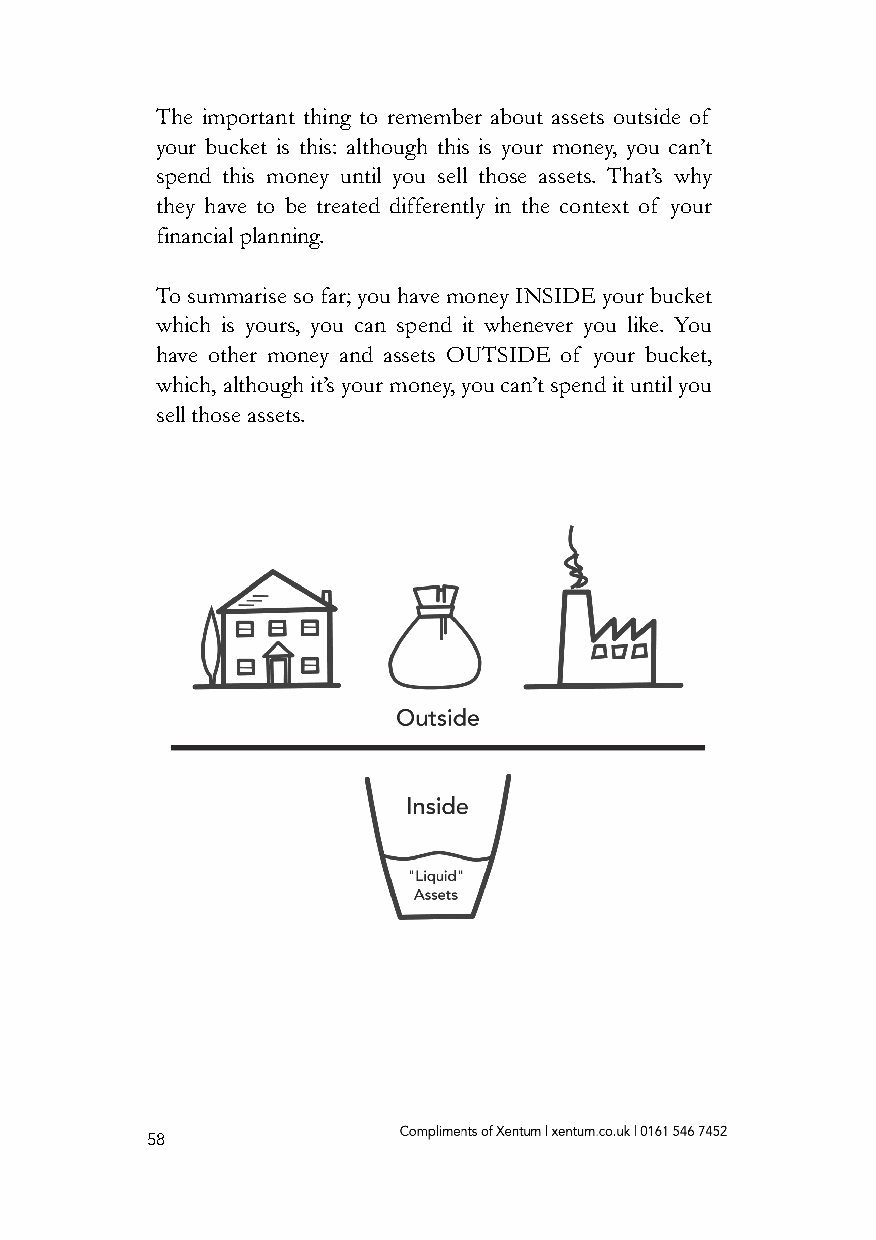
The important thing to remember about assets outside of
 your bucket is this: although this is your money, you can’t
 spend this money until you sell those assets. That’s why
 they have to be treated differently in the context of your
 financial planning.
 To summarise so far; you have money INSIDE your bucket
 which is yours, you can spend it whenever you like. You
 have other money and assets OUTSIDE of your bucket,
 which, although it’s your money, you can’t spend it until you
 sell those assets.
 58